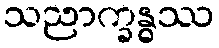
သညာက္ခန္ဓဿ